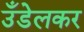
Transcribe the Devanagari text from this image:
उँडेलकर